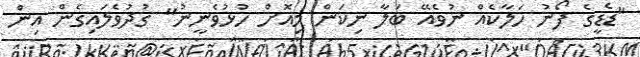
"ޑެޑީގެ ފޯނު ހަލާކެއް ނުވެއޭ ބަލާ ނިކަން މިއޮށް ހުޅުވެނީނު" ގުދުވެލައިގެން އިން